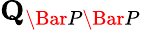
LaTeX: \mathbf{Q}_{\Bar{P}\Bar{P}}